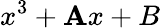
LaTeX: x^{3}+\mathbf{A}x+B